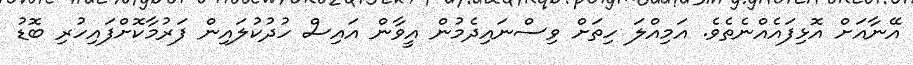
އޭނާއަށް އޮޅިފައެއްނެތެވެ. އަމިއްލަ ހިތަށް ވިސްނައިދެމުން އީވާން އައިސް ހުދުކުލައިން ފަރުމާކޮށްފައިހުރި ބޮޑު